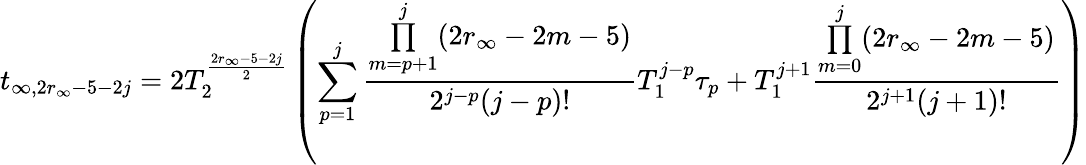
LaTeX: t_{\infty,2r_{\infty}-5-2j}=2T_{2}^{\frac{2r_{\infty}-5-2j}{2}}\left(\sum_{p=1}^{j}\frac{\underset{m=p+1}{\overset{j}{\prod}}(2r_{\infty}-2m-5)}{2^{j-p}(j-p)!}T_{1}^{j-p}\tau_{p}+T_{1}^{j+1}\frac{\underset{m=0}{\overset{j}{\prod}}(2r_{\infty}-2m-5)}{2^{j+1}(j+1)!}\right)